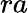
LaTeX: ra